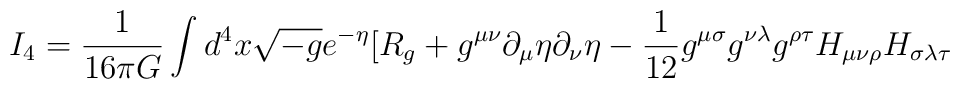
I_4=\frac{1}{16\pi G}\int d^4x\sqrt{-g}e^{-\eta}[R_g+g^{\mu\nu}\partial_{\mu}\eta\partial_{\nu}\eta-\frac{1}{12}g^{\mu\sigma}g^{\nu\lambda}g^{\rho\tau}H_{\mu\nu\rho}H_{\sigma\lambda\tau}